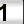
Digit: 1